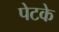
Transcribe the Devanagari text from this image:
पेटके